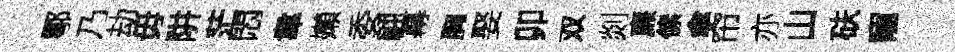
鄠乃劫毋阱茫悶韋嬾委翩幕胸娶卯双剡亷傃傘帘亦山砆寵